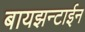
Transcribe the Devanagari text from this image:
बायझन्टाईन